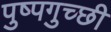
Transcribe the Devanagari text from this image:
पुष्पगुच्छी